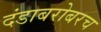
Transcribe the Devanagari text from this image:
दंडाबरोबरच